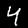
Label: 4